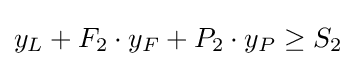
y_{L}+F_{2}\cdot y_{F}+P_{2}\cdot y_{P}\geq S_{2}